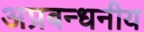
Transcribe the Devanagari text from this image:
अप्रबन्धनीय